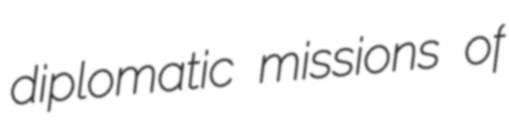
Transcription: diplomatic missions of